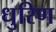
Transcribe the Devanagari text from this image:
धुरिण